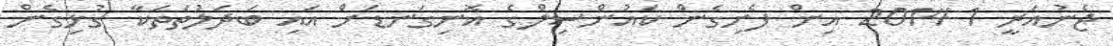
ޖެނުއަރީ 1 2014 އިން ފެށިގެން ކައުންސިލްގެ އޮނިގަނޑަށް އައި ބަދަލުތަތަކާ ގުޅިގެން